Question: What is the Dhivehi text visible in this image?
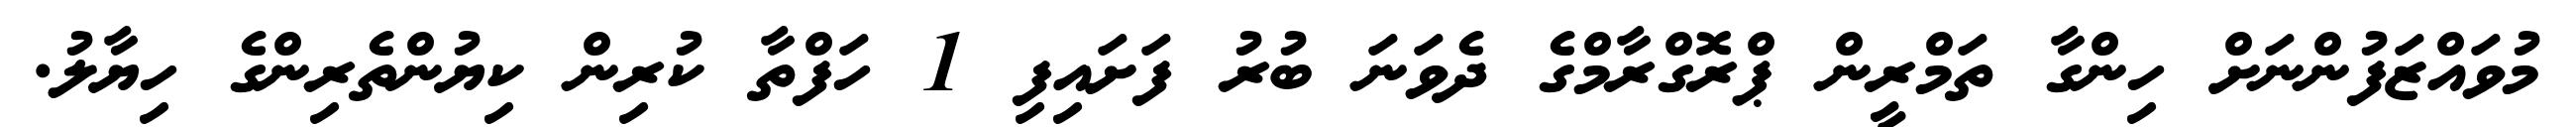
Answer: މުވައްޒަފުންނަށް ހިންގާ ތަމްރީން ޕްރޮގްރާމްގެ ދެވަނަ ބުރު ފަށައިފި 1 ހަފްތާ ކުރިން ކިޔުންތެރިންގެ ހިޔާލު.